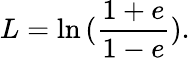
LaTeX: L=\ln{(\frac{1+e}{1-e})}.